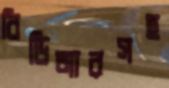
বিডিআরসহ